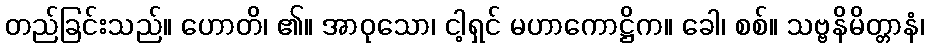
တည်ခြင်းသည်။ ဟောတိ၊ ၏။ အာဝုသော၊ ငါ့ရှင် မဟာကောဋ္ဌိက။ ခေါ၊ စစ်။ သဗ္ဗနိမိတ္တာနံ၊